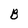
Character: B